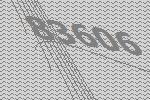
83606